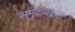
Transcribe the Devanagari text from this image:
समुदायद्वारा